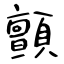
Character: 顫